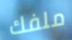
ملفك